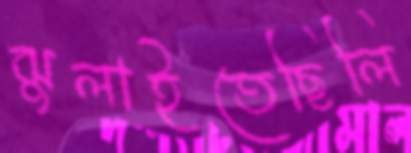
ঝুলাইতেছিলি